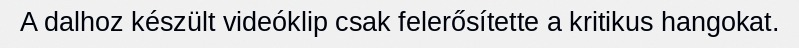
A dalhoz készült videóklip csak felerősítette a kritikus hangokat.